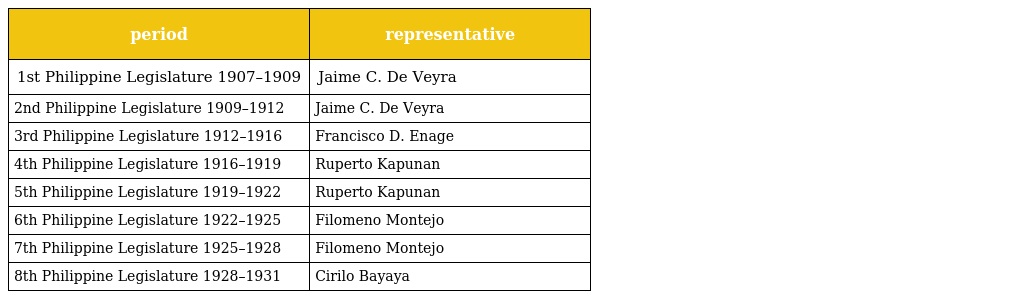
| period | representative |
 | --- | --- |
 | 1st Philippine Legislature 1907–1909 | Jaime C. De Veyra |
 | 2nd Philippine Legislature 1909–1912 | Jaime C. De Veyra |
 | 3rd Philippine Legislature 1912–1916 | Francisco D. Enage |
 | 4th Philippine Legislature 1916–1919 | Ruperto Kapunan |
 | 5th Philippine Legislature 1919–1922 | Ruperto Kapunan |
 | 6th Philippine Legislature 1922–1925 | Filomeno Montejo |
 | 7th Philippine Legislature 1925–1928 | Filomeno Montejo |
 | 8th Philippine Legislature 1928–1931 | Cirilo Bayaya |